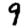
Digit: 9